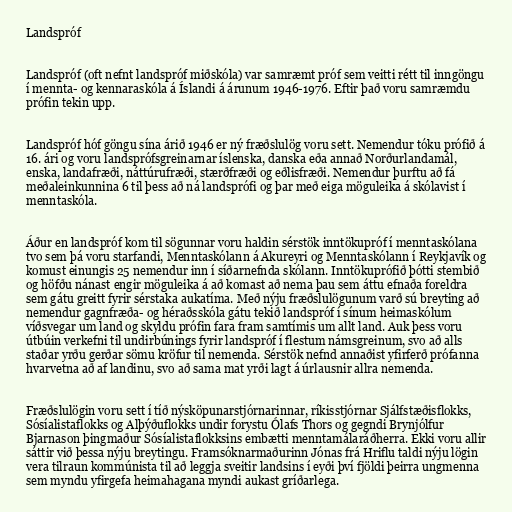
Landspróf

Landspróf (oft nefnt landspróf miðskóla) var samræmt próf sem veitti rétt til inngöngu
í mennta- og kennaraskóla á Íslandi á árunum 1946-1976. Eftir það voru samræmdu
prófin tekin upp.

Landspróf hóf göngu sína árið 1946 er ný fræðslulög voru sett. Nemendur tóku prófið á
16. ári og voru landsprófsgreinarnar íslenska, danska eða annað Norðurlandamál,
enska, landafræði, náttúrufræði, stærðfræði og eðlisfræði. Nemendur þurftu að fá
meðaleinkunnina 6 til þess að ná landsprófi og þar með eiga möguleika á skólavist í
menntaskóla.

Áður en landspróf kom til sögunnar voru haldin sérstök inntökupróf í menntaskólana
tvo sem þá voru starfandi, Menntaskólann á Akureyri og Menntaskólann í Reykjavík og
komust einungis 25 nemendur inn í síðarnefnda skólann. Inntökuprófið þótti stembið
og höfðu nánast engir möguleika á að komast að nema þau sem áttu efnaða foreldra
sem gátu greitt fyrir sérstaka aukatíma. Með nýju fræðslulögunum varð sú breyting að
nemendur gagnfræða- og héraðsskóla gátu tekið landspróf í sínum heimaskólum
víðsvegar um land og skyldu prófin fara fram samtímis um allt land. Auk þess voru
útbúin verkefni til undirbúnings fyrir landspróf í flestum námsgreinum, svo að alls
staðar yrðu gerðar sömu kröfur til nemenda. Sérstök nefnd annaðist yfirferð prófanna
hvarvetna að af landinu, svo að sama mat yrði lagt á úrlausnir allra nemenda.

Fræðslulögin voru sett í tíð nýsköpunarstjórnarinnar, ríkisstjórnar Sjálfstæðisflokks,
Sósíalistaflokks og Alþýðuflokks undir forystu Ólafs Thors og gegndi Brynjólfur
Bjarnason þingmaður Sósíalistaflokksins embætti menntamálaráðherra. Ekki voru allir
sáttir við þessa nýju breytingu. Framsóknarmaðurinn Jónas frá Hriflu taldi nýju lögin
vera tilraun kommúnista til að leggja sveitir landsins í eyði því fjöldi þeirra ungmenna
sem myndu yfirgefa heimahagana myndi aukast gríðarlega.